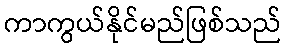
ကာကွယ်နိုင်မည်ဖြစ်သည်